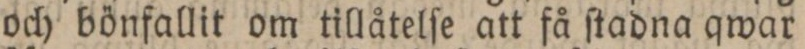
och bönfallit om tillåtelſe att få ſtadna qwar